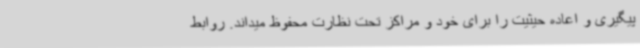
پیگیری و اعاده حیثیت را برای خود و مراکز تحت نظارت محفوظ میداند. روابط